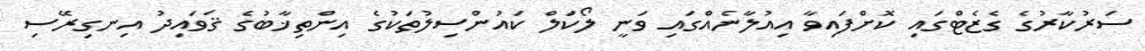
ސަރުކާރުގެ ގެޒެޓްގައި ކޮށްފައިވާ އިއުލާނެއްގައި ވަނީ ލޯކަލް ކައުންސިލުތަކުގެ އިންތިޚާބުގެ ޤަވައިދު އިނގިރޭސި